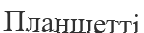
Планшетті